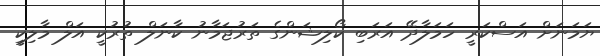
ޔަމަނަށް އަސްކަރީ ހަމަލާދޭ އަރަބި ކޯލިޝަންގެ ތަރުޖަމާނު ކާނަލް ތުރުކީ އަލް މާލިކީ